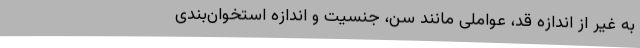
به غیر از اندازه‌ قد، عواملی مانند سن، جنسیت و اندازه‌ استخوان‌بندی